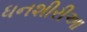
ધનશીરીઆ